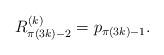
LaTeX: \begin{align*} R_{\pi(3k)-2}^{(k)} = p_{\pi(3k)-1}.\end{align*}